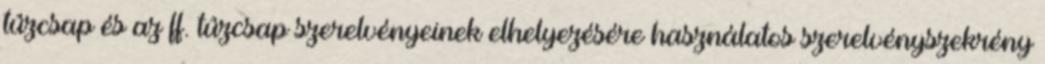
tûzcsap és az ff. tûzcsap szerelvényeinek elhelyezésére használatos szerelvényszekrény